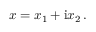
x = x _ { 1 } + \mathrm { i } x _ { 2 } \, .